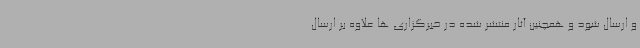
و ارسال شود و همچنین آثار منتشر شده در خبرگزاری ها علاوه بر ارسال